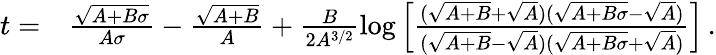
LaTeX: \begin{array}{rl}{t=}&{{}\frac{\sqrt{A+B\sigma}}{A\sigma}-\frac{\sqrt{A+B}}{A}+\frac{B}{2A^{3/2}}\log\left[\frac{(\sqrt{A+B}+\sqrt{A})(\sqrt{A+B\sigma}-\sqrt{A})}{(\sqrt{A+B}-\sqrt{A})(\sqrt{A+B\sigma}+\sqrt{A})}\right]\, .}\end{array}